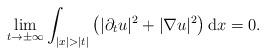
LaTeX: \begin{align*} \lim_{t \to \pm \infty} \int_{|x| > |t|} \left( |\partial_t u|^2 + |\nabla u|^2 \right) \mathrm{d}x = 0.\end{align*}